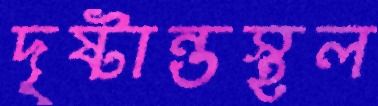
দৃষ্টান্তস্থল